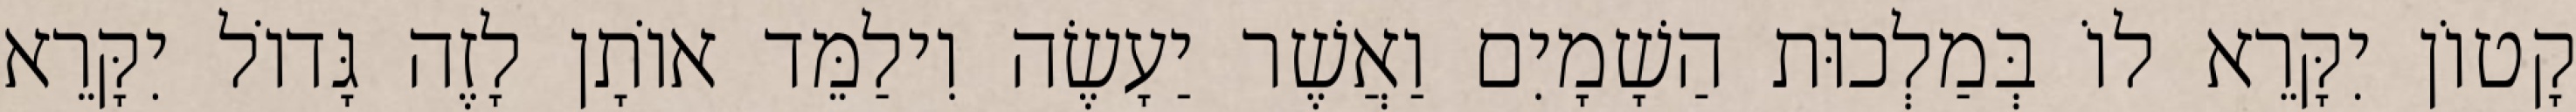
קָטוֹן יִקָּרֵא לוֹ בְּמַלְכוּת הַשָׁמָיִם וַאֲשֶׁר יַעָשֶׂה וִילַמֵּד אוֹתָן לָזֶה גָּדוֹל יִקָּרֵא